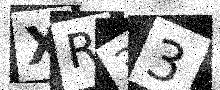
Text: XR33